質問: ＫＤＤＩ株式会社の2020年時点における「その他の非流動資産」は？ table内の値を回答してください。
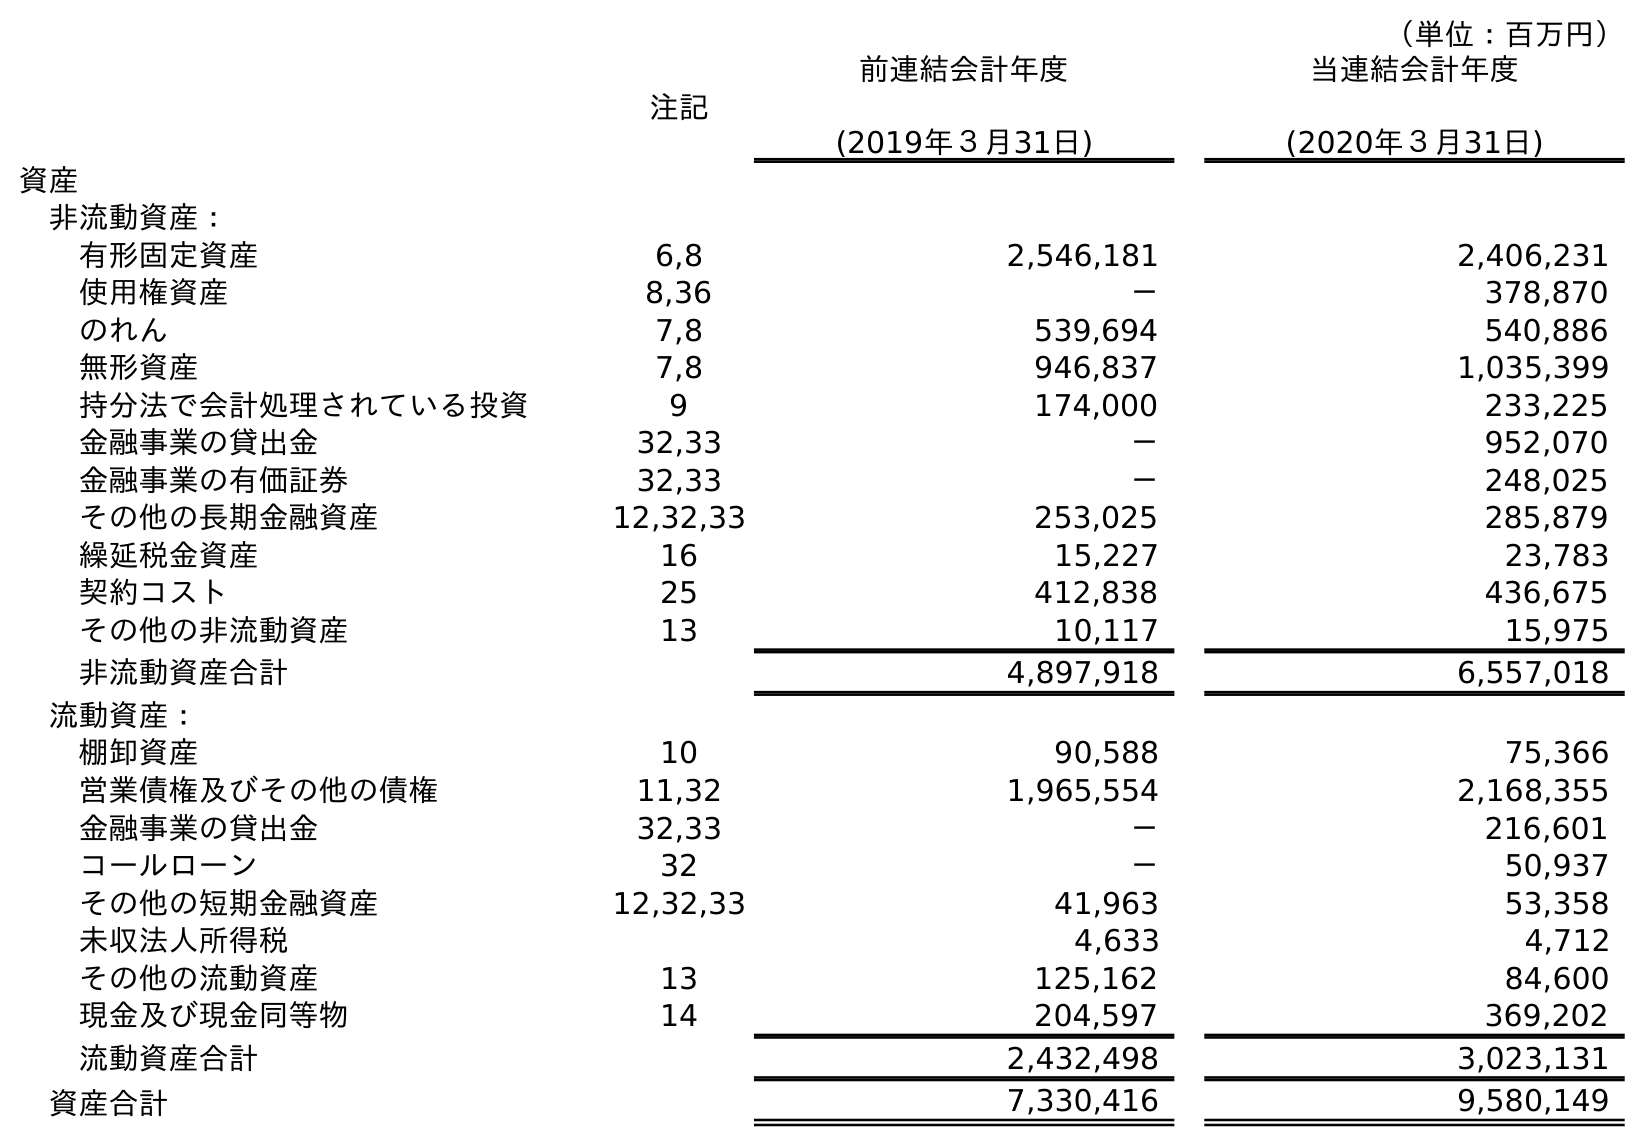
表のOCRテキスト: （単位：百万円） 注記 前連結会計年度 (2019年３月31日) 当連結会計年度 (2020年３月31日) 資産 非流動資産： 有形固定資産 6,8 2,546,181 2,406,231 使用権資産 8,36 － 378,870 のれん 7,8 539,694 540,886 無形資産 7,8 946,837 1,035,399 持分法で会計処理されている投資 9 174,000 233,225 金融事業の貸出金 32,33 － 952,070 金融事業の有価証券 32,33 － 248,025 その他の長期金融資産 12,32,33 253,025 285,879 繰延税金資産 16 15,227 23,783 契約コスト 25 412,838 436,675 その他の非流動資産 13 10,117 15,975 非流動資産合計 4,897,918 6,557,018 流動資産： 棚卸資産 10 90,588 75,366 営業債権及びその他の債権 11,32 1,965,554 2,168,355 金融事業の貸出金 32,33 － 216,601 コールローン 32 － 50,937 その他の短期金融資産 12,32,33 41,963 53,358 未収法人所得税 4,633 4,712 その他の流動資産 13 125,162 84,600 現金及び現金同等物 14 204,597 369,202 流動資産合計 2,432,498 3,023,131 資産合計 7,330,416 9,580,149
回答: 15,975